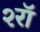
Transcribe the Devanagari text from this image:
२रॉ